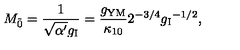
M _ { \tilde { 0 } } = \frac { 1 } { \sqrt { \alpha ^ { \prime } } g _ { \mathrm { I } } } = \frac { g _ { \mathrm { Y M } } } { \kappa _ { 1 0 } } { 2 ^ { - 3 / 4 } { g _ { \mathrm { I } } } ^ { - 1 / 2 } } ,